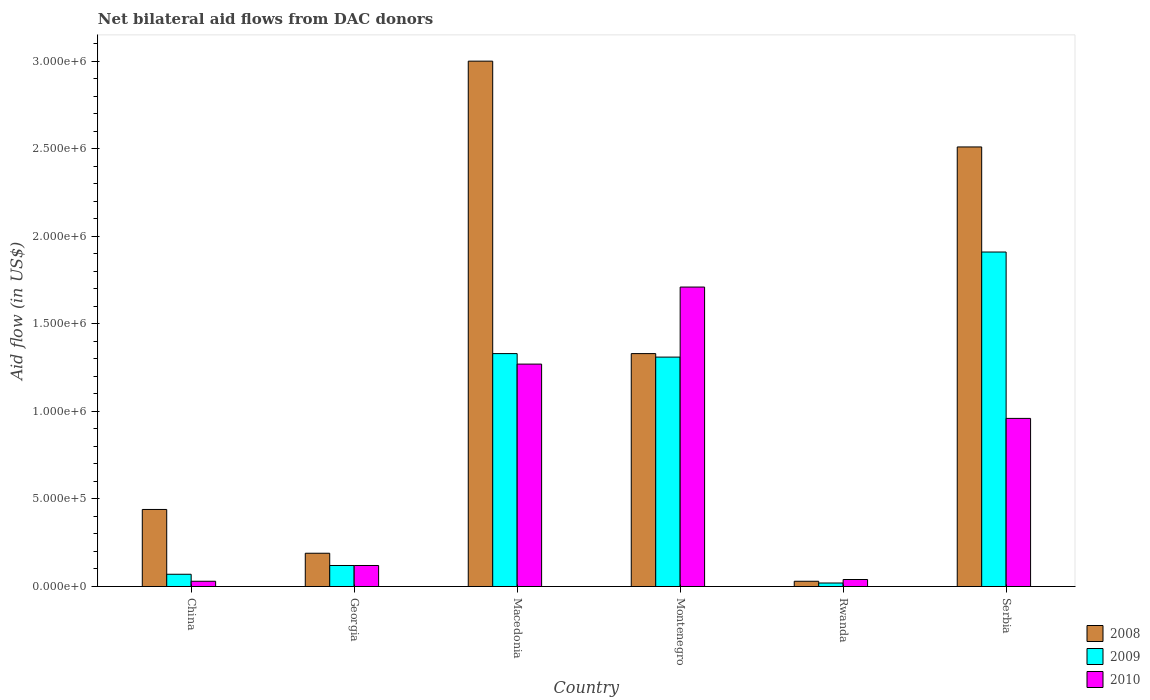
| Country | 2008 | 2009 | 2010 |
 | --- | --- | --- | --- |
 | China | 4.4e+05 | 7e+04 | 3e+04 |
 | Georgia | 1.9e+05 | 1.2e+05 | 1.2e+05 |
 | Macedonia | 3e+06 | 1.33e+06 | 1.27e+06 |
 | Montenegro | 1.33e+06 | 1.31e+06 | 1.71e+06 |
 | Rwanda | 3e+04 | 2e+04 | 4e+04 |
 | Serbia | 2.51e+06 | 1.91e+06 | 9.6e+05 |